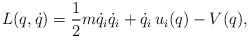
LaTeX: \begin{align*} L(q,\dot{q}) = \frac{1}{2} m \dot{q}_i \dot{q}_i + \dot{q}_i \, u_i(q) - V(q) ,\end{align*}